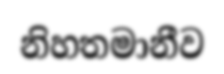
නිහතමානීව